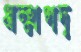
ধম্মপদ